Annual statistical returns and brief notes on vaccination in Bengal - 1887-1898
Year: 1887
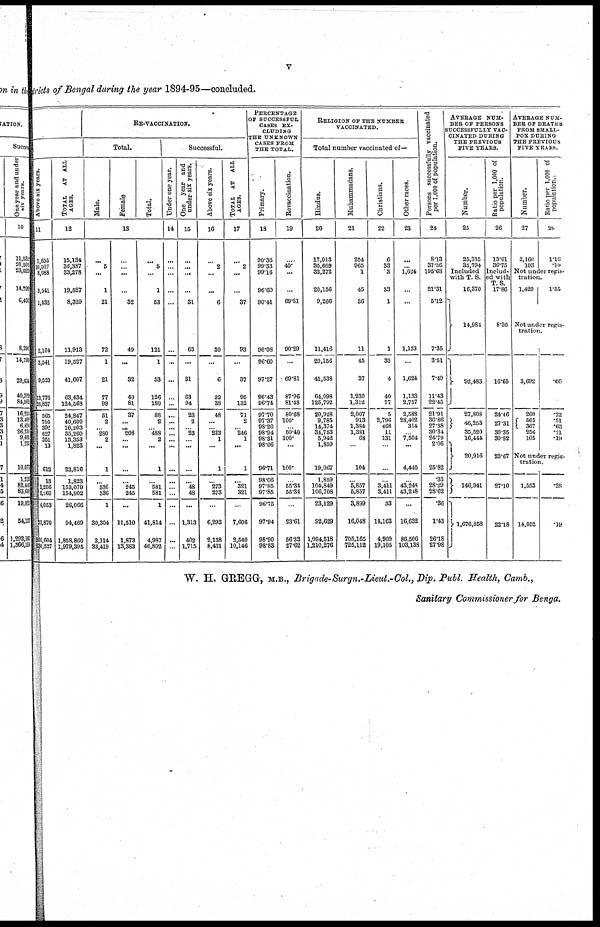
v
districts of Bengal during the year 1894-95—concluded.
Above six years.
11
1,655
10,017
8,088
3,541
1,432
2,104
3,541
9,520
13,776
26,837
565
705
396
627
351
13
612
13
3,256
3,269
4,053
25,870
200,604
230,527
TOTAL
AT ALL
AGES.
12
15,134
36,387
33,278
19,527
8,329
11,913
19,527
41,607
63,434
124,568
24,847
40,600
16,203
35,260
13,353
1,823
22,816
1,823
153,079
154,902
26,066
94,469
1,858,860
1,979,395
RE-VACCINATION.
Total.
Male.
Female
Total.
13
...
5
...
1
21
72
1
21
77
99
51
2
... 280
2
...
1
...
336
336
1
30,304
3,114
33,419
...
...
...
...
32
49
...
32
49
81
37
...
... 208
...
...
...
...
245
245
...
11,510
1,873
13,383
...
5
...
1
53
121
1
53
126
180
88
2
... 488
2
...
1
...
581
581
1
41,814
4,987
46,802
Successful.
Under one year.
14
...
...
...
...
...
...
...
...
...
...
...
...
...
...
...
...
...
...
...
...
...
...
...
...
One year and
under six years.
15
...
...
...
...
31
63
...
31
63
94
23
2
... 23
...
...
...
...
48
48
...
1,313
402
1,715
Above six years.
16
...
2
...
...
6
30
...
6
32
38
48
...
... 223
1
...
1
...
273
273
...
6,293
2,138
8,431
TOTAL AT ALL
AGES.
17
...
2
...
...
37
93
...
37
95
132
71
2
... 246
1
...
1
...
321
321
...
7,606
2,540
10,146
PERCENTAGE
OF SUCCESSFUL
CASES EX-
CLUDING
THE UNKNOWN
CASES FROM
THE TOTAL.
Primary.
18
90.36
99.33
99.16
96.60
90.41
96.08
96.60
97.27
96.43
96.74
97.70
97.37
98.20
98.94
98.31
98.06
96.71
98.06
97.85
97.85
96.75
97.94
98.90
98.83
Revaccination.
19
...
40.
...
...
69.81
90.29
...
69.81
87.96
81.48
80.68
100.
... 50.40
100.
...
100.
...
55.34
55.34
...
23.61
56.33
27.62
RELIGION OF THE NUMBER
VACCINATED.
Total number vaccinated of—
Hindus.
20
17,013
35,669
32,272
20,156
9,266
11,416
20,156
41,538
64,098
125,792
20,928
9,785
14,374
34,753
5,942
1,859
19,067
1,859
104,849
106,708
23,129
92,629
1,094,518
1,210,276
Muhammadans.
21
254
965
1
45
36
11
45
37
1,230
1,312
2,007
913
1,384
1,381
68
...
104
...
5,857
5,857
3,899
16,048
705,165
725,112
Christians.
22
6
33
3
33
1
1
33
4
40
77
5
2,796
468
11
131
...
...
...
3,411
3,411
33
14,163
4,909
19,105
Other races.
23
...
... 1,624
...
...
1,133
...
1,624
1,133
2,757
2,588
28,402
314
... 7,504
...
4,440
...
43,248
43,248
...
16,632
86,506
103,138
Persons successfully vaccinated
per 1,000 of population.
24
8.13
37.36
195.68
21.31
5.12
7.35
3.51
7.49
11.43
22.45
21.91
36.86
27.38
30.34
24.79
2.06
25.82
.33
28.29
28.62
.36
1.43
26.18
27.98
AVERAGE NUM-
BER OF PERSONS
SUCCESSFULLY VAC-
CINATED DURING
THE PREVIOUS
FIVE YEARS.
Number.
25
25,335
35,794
Included
with T. S.
16,370
14,984
92,483
27,808
46,253
35,520
16,444
20,916
146,941
1,676,858
Ratio per 1,000 of
population.
26
13.61
36.75
Includ-
ed with
T.S.
17.86
8.30
16.65
24.46
27.31
30.35
30.52
23.67
27.10
22.18
AVERAGE NUM-
BER OF DEATHS
FROM SMALL-
POX DURING
THE PREVIOUS
FIVE YEARS.
Number.
27
2,160
103
Ratio per 1,000 of
population.
28
1.16
.10
Not under regis-
tration.
1,429
1.55
Not under regis-
tration.
3,692
260
565
367
256
105
.66
.22
.51
.62
.21
.19
Not under regis-
tration.
1,553
14,052
.28
.19
W. H. GREGG, M.B., Brigade.Surgn..Lieut..Col., Dip. Publ. Health, Camb.,
Sanitary Commissioner for Benga.